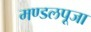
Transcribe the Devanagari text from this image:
मण्डलपूजा